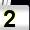
Digit: 2